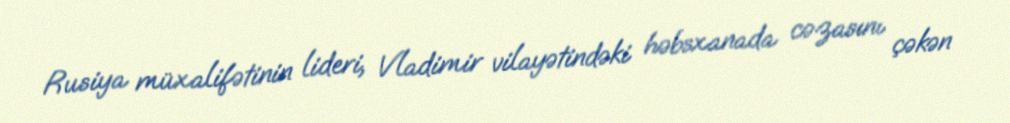
Rusiya müxalifətinin lideri, Vladimir vilayətindəki həbsxanada cəzasını çəkən